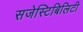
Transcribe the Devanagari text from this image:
सजेस्टिबिलिटी